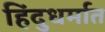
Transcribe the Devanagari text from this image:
हिंदुधर्मात